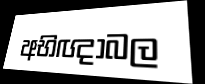
අභිඥාබල